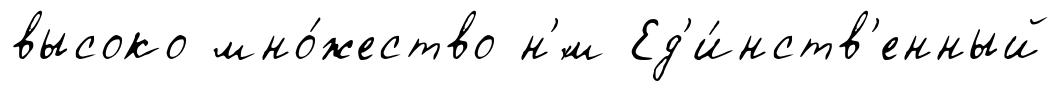
высоко мно́жество н'́м Ед'и́нств'енный